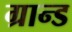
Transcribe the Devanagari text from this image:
ग्रान्ड